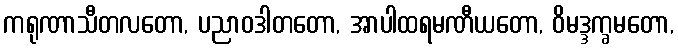
ကရုဏာသီတလတော, ပညာဝဒါတတော, အာပါထရမဏီယတော, ဝိမဒ္ဒက္ခမတော,